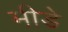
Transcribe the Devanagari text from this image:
मीडे